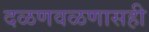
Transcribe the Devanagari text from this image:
दळणवळणासही